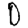
Digit: 0